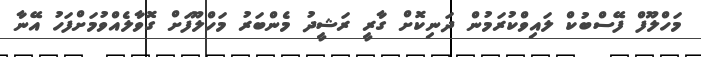
މަހްލޫފް ފޭސްބުކް ލައިވްކުރަމުން ދަނިކޮށް ގާރީ ރަޝީދު މެންބަރު މަހްލޫފަށް ގޮވާލެއްވުމަށްފަހު އޭނާ